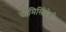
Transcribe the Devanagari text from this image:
स्वामिस्त्रियेसी